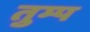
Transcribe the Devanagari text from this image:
तुम्प